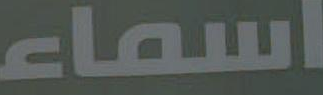
اسماء